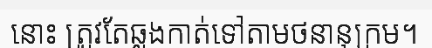
នោះ ត្រូវតែឆ្លងកាត់ទៅតាមថនានុក្រម។